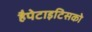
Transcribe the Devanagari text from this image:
हैपेटाइटिसको